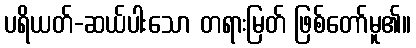
ပရိယတ်-ဆယ်ပါးသော တရားမြတ် ဖြစ်တော်မူ၏။